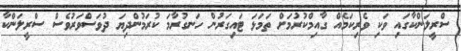
ސްރީލަންކާގައި ވަކި ވެރިކަމެއް ގާއިމްކުރުމަށް ތަމަޅަ ޓައިގަރުން ހަނގުރާމަ ކުރަމުންދިޔަ ދުވަސްވަރުވެސް ސްރީލަންކާ